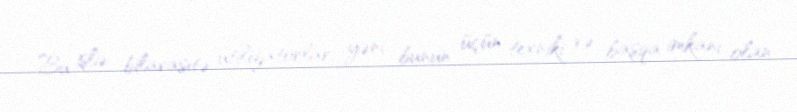
Bu işlə bilavasitə utilizatorlar, yəni bunun üçün texniki və başqa imkanı olan